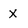
Character: x